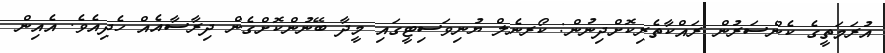
އުރަމަތީގެ ކެންސަރުން ރައްކާތެރިކޮށްދިނުން: ކޯރނެލް ޔުނިވަސިޓީގައި މީދާ ބޭނުންކޮށްގެން ދިރާސާއެއް ހެދިއެވެ. އެއިން